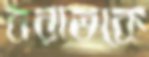
বরাতকে